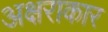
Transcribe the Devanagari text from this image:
अक्षराकार